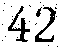
42